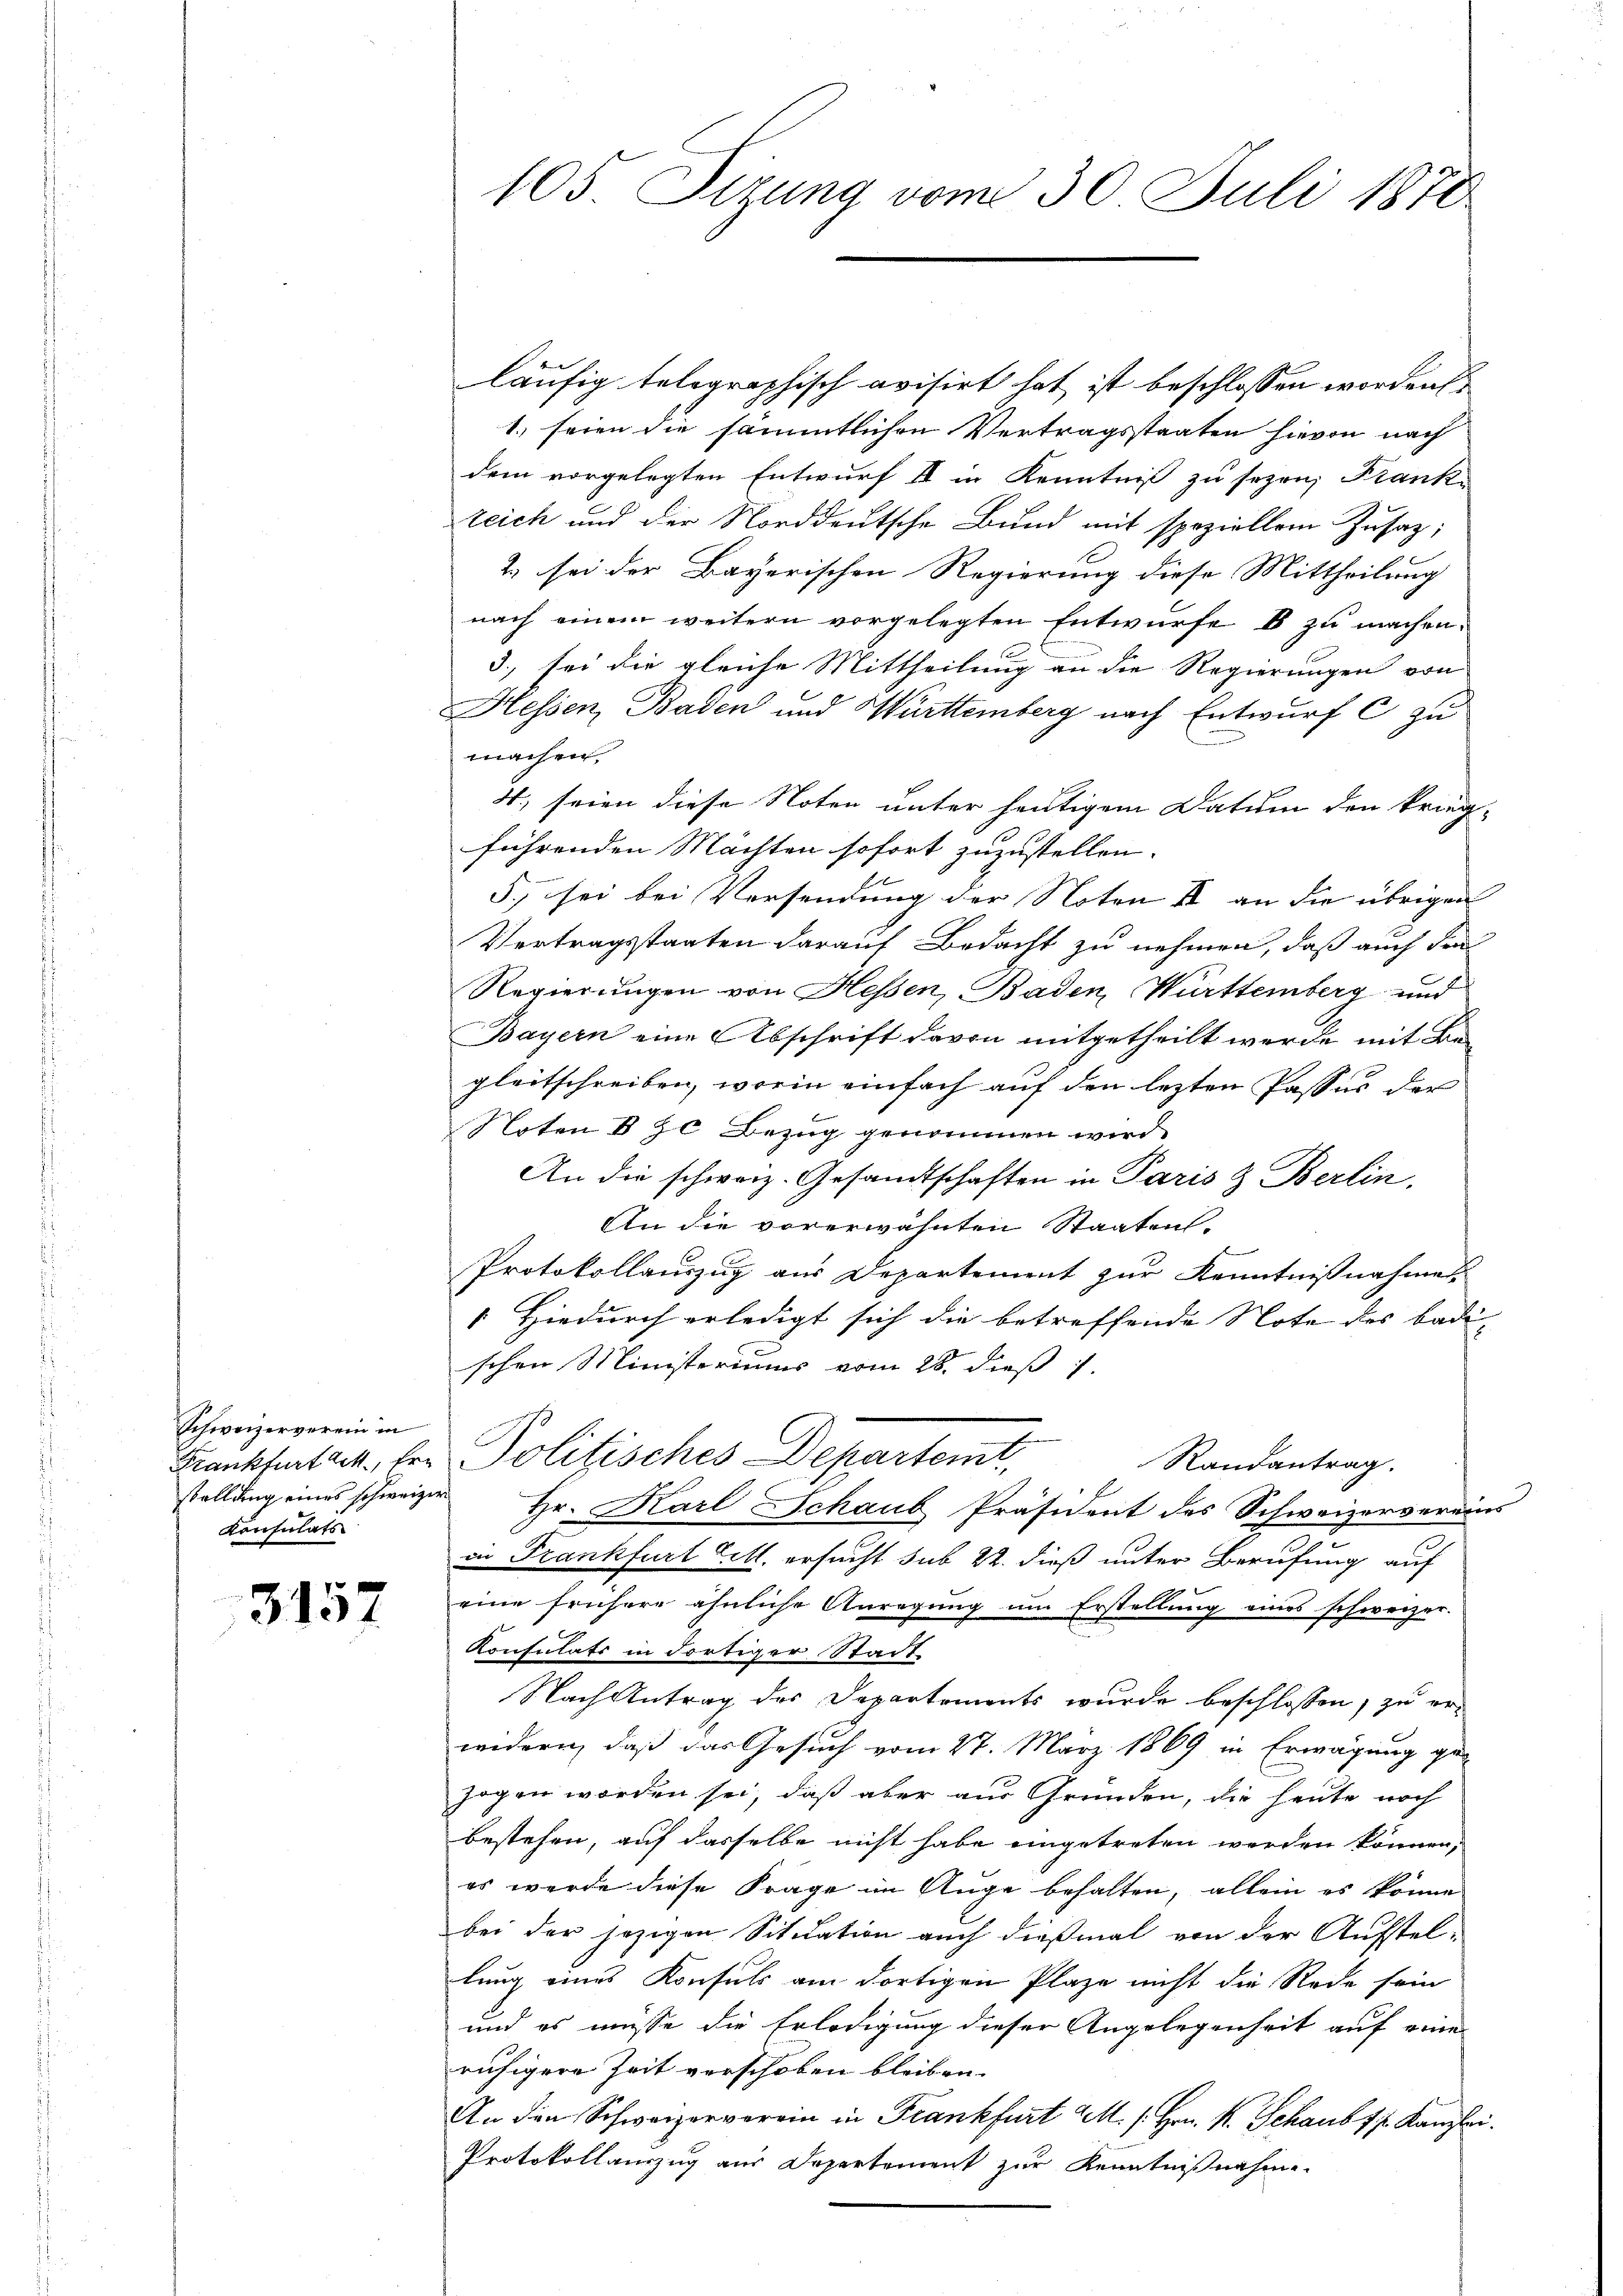
Schweizerverein in
stellung eines schweizer
Konsulats

3157

105. Setzung vom 30. Juli 1870

läufig telegraphisch avisirt hat ist beschlossen worden
1. seien die sämmtlichen Vertragsstaaten hievon nach
dem vorgelegten Entwurf III in Kenntniß zu sezen, Frank
teich und der Norddeutsche Bund mit speziellem Zusatz;
2. sei der Bayerischen Regierung diese Mittheilung
nach einem weitern vorgelegten Entwurfe b zu machen.
3., sei die gleiche Mittheilung an die Regierungen von
Hessen, Baden und Württemberg nach Entwurf c zu
machen,
4., seien diese Noten unter heutigem Datum den krieg-
führenden Mächten sofort zuzustellen.
5, sei bei Versendung der Noten II an die übrigen
Vertragstaaten darauf Bedacht zu nehmen, daß auch den
Regierungen von Hessen, Baden, Württemberg und
Bayern eine Abschrift davon mitgetheilt werde mit Be-
gleitschreiben, worin einfach auf den lezten Passus der
Noten § 70 Bezug genommen wird.
An die schweiz. Gesandtschaften in Paris & Berlin,
An die vorerwähnten Staaten.
Protokollauszug aus Departement zur Kenntnißnahme
Hiedurch erledigt sich die betreffende Note des Badi
schen Ministeriums vom 28. dieß
Frankfurtack, Hr. Politisches Departemt,
Randantrag.
Hr. Karl Schaub Präsident des Schweizervereins
in Frankfurt Litt. ersucht sub 22. dieß unter Berufung auf
eine frühere ähnliche Anregung um Erstellung eines schweizer-
Konsulats in dortiger Stadt
Nach Antrag des Departements wurde beschlossen, zu erwidern, daß das Gesuch vom 27. März 1869 in Erwägung ge-
zogen worden sei, daß aber aus Gründen, die heute noch
bestehen, auf dasselbe nicht habe eingetreten werden können,
es wurde diese Frage im Auge behalten, allein es könne
bei der jezigen Situation auch dießmal von der Aufstellung eines Konsuls am dortigen Plaze nicht die Rede sein
und es müsse die Erledigung dieser Angelegenheit auf eine
ruhigere Zeit verschoben bleiben.
An den Schweizerverein in Frankfurt M. s. Hrn. R. Schaub sp. Kanzlei.
Protokollanzug aus Departement zur Kenntnißnahme